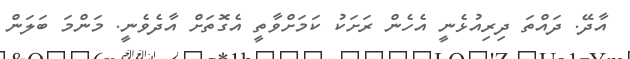
އާދޭ. ދައްތަ ދިރިއުޅެނީ އެހެން ރަށަކު ކަމަށްވާތީ އެގޮތަށް އާދެވެނީ. މަންމަ ބަލަން